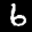
Label: 6